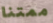
ممتنا